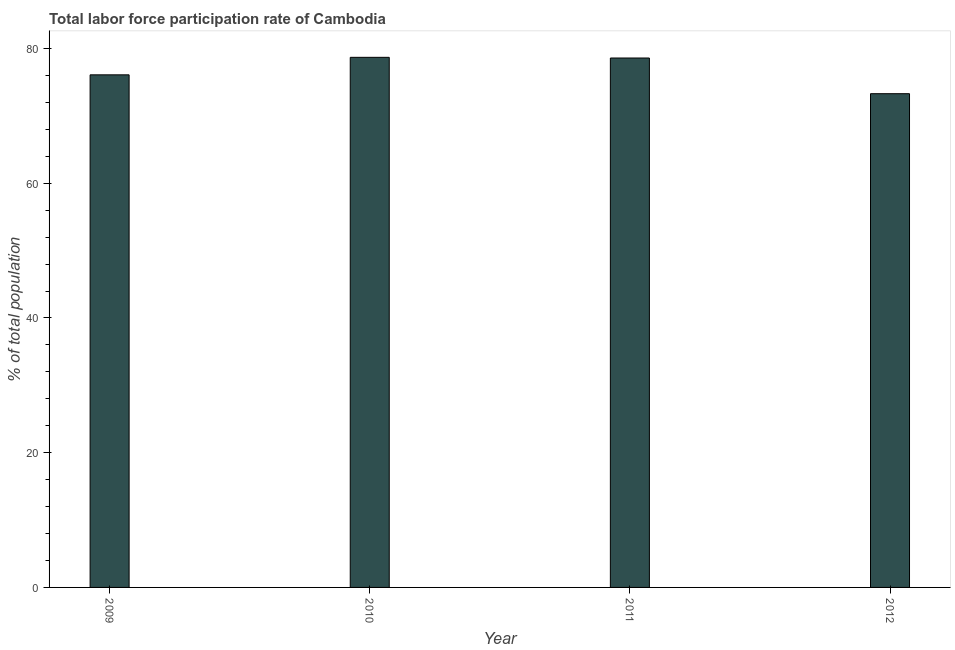
| Year | Labor force participation rate for ages 15-24 total |
 | --- | --- |
 | 2009 | 76.1 |
 | 2010 | 78.7 |
 | 2011 | 78.6 |
 | 2012 | 73.3 |